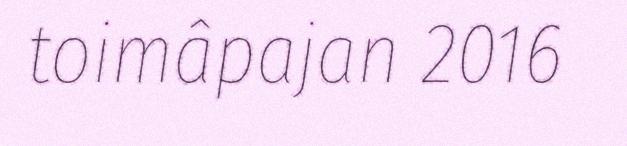
toimâpajan 2016